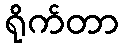
ရိုက်တာ